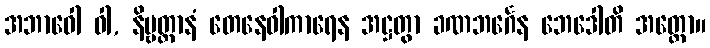
အဘာဝေါ ဝါ, နိဗ္ဗတ္တာနံ တေနေဝါကာရေန အဋ္ဌတွာ ခဏဘင်္ဂေန ဘေဒေါတိ အတ္ထော။